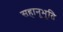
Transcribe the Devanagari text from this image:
सहानूभूति